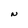
Character: N